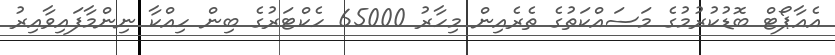
އެއާޕޯޓް ބޮޑުކުރުމުގެ މަސައްކަތުގެ ތެރެއިން މިހާރު 65000 ހެކްޓަރުގެ ބިން ހިއްކާ ނިންމާފައިވާއިރު